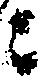
ニ